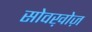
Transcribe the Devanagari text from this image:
सोवख़ोज़